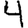
Digit: 4